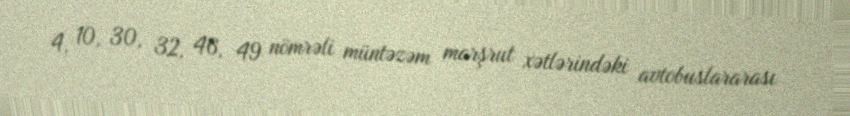
4, 10, 30, 32, 46, 49 nömrəli müntəzəm marşrut xətlərindəki avtobuslararası